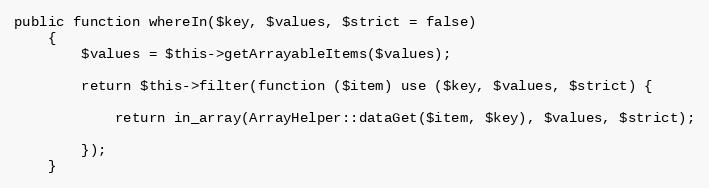
Language: PHP
public function whereIn($key, $values, $strict = false)
    {
        $values = $this->getArrayableItems($values);

        return $this->filter(function ($item) use ($key, $values, $strict) {

            return in_array(ArrayHelper::dataGet($item, $key), $values, $strict);

        });
    }